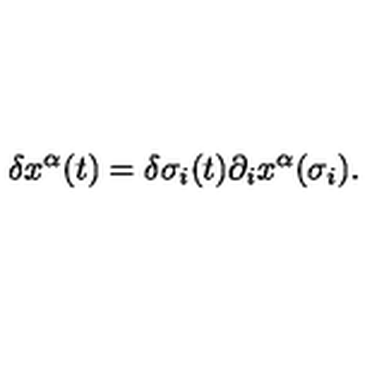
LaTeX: \delta x ^ { \alpha } ( t ) = \delta \sigma _ { i } ( t ) \partial _ { i } x ^ { \alpha } ( \sigma _ { i } ) .